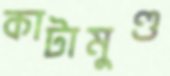
কাটামুণ্ড